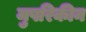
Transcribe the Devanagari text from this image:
मुषरिकीन